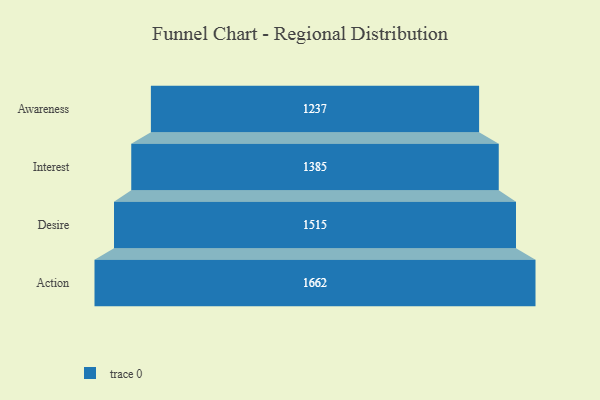
{"axis": {"x": "Stage", "y": "Value"}, "legend": [""], "data": [{"x": "Awareness", "y": 1237.0, "type": ""}, {"x": "Interest", "y": 1385.0, "type": ""}, {"x": "Desire", "y": 1515.0, "type": ""}, {"x": "Action", "y": 1662.0, "type": ""}]}